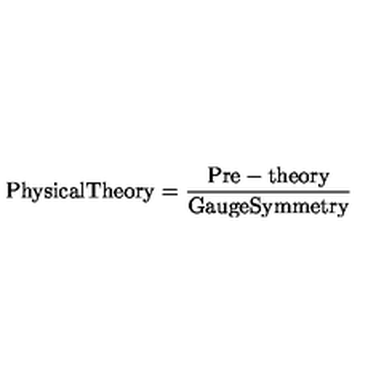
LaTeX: \mathrm { P h y s i c a l T h e o r y } = \frac { \mathrm { P r e - t h e o r y } } { \mathrm { G a u g e S y m m e t r y } }